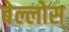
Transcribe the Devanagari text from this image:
बेल्लोस्